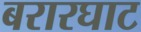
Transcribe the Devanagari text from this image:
बरारघाट